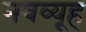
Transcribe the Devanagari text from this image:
नवव्यूह